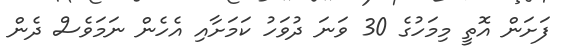
ފަށަން އޮތީ މިމަހުގެ 30 ވަނަ ދުވަހު ކަމަށާއި އެހެން ނަަމަވެސް ދެން